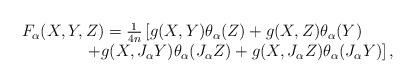
LaTeX: \begin{align*}\begin{array}{lc}F_\alpha (X,Y,Z)=\frac{1}{4n}\left[g(X,Y)\theta _\alpha (Z)+g(X,Z)\theta _\alpha(Y)\right. \\\qquad\qquad\left.+g(X,J_\alpha Y)\theta _\alpha (J_\alpha Z)+g(X,J_\alpha Z)\theta _\alpha (J_\alpha Y)\right] ,\end{array}\end{align*}